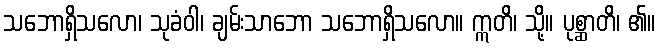
သဘောရှိသလော၊ သုခံဝါ၊ ချမ်းသာဘော သဘောရှိသလော။ ဣတိ၊ သို့။ ပုစ္ဆာတိ၊ ၏။